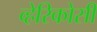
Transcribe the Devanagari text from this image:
व्हेरिकोसी